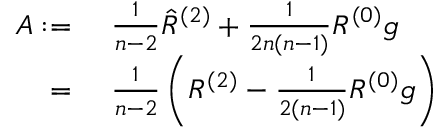
\begin{array} { r l } { A : = } & { { } \ \frac { 1 } { n - 2 } \hat { R } ^ { ( 2 ) } + \frac { 1 } { 2 n ( n - 1 ) } R ^ { ( 0 ) } g } \\ { = } & { { } \ \frac { 1 } { n - 2 } \left( R ^ { ( 2 ) } - \frac { 1 } { 2 ( n - 1 ) } R ^ { ( 0 ) } g \right) } \end{array}